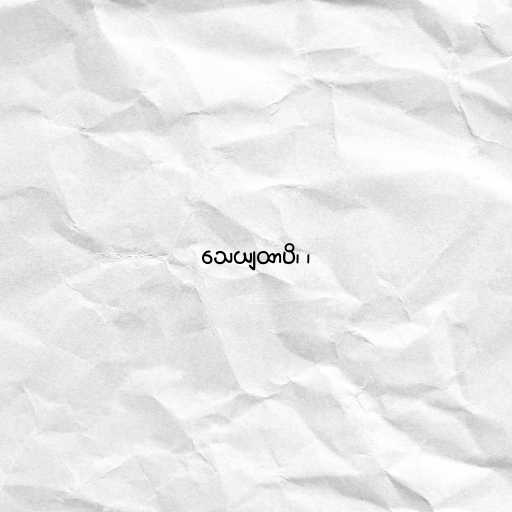
သေယျထာပိ၊ ၊